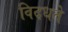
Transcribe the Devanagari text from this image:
विदधते